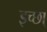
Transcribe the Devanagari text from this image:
इच्छा्